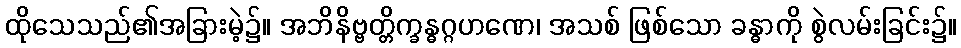
ထိုသေသည်၏အခြားမဲ့၌။ အဘိနိဗ္ဗတ္တိက္ခန္ဓဂ္ဂဟဏေ၊ အသစ် ဖြစ်သော ခန္ဓာကို စွဲလမ်းခြင်း၌။